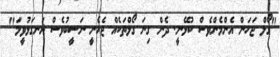
"ގޯލް ޖަހަން އެންމެންވެސް ކުޅޭނީ. ދެން ގިނަ ގޯލްތަކެއް ޖެހެނީ ނަސީބުވެސް ރަނގަޅުވީމަ"